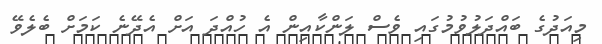
މިއަދުގެ ބައްދަލުވުމުގައި ވެސް ލަންކާއިން އެ ހުއްދަ އަށް އެދޭނެ ކަމަށް ބެލެވޭ